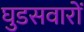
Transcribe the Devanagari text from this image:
घुडसवारों